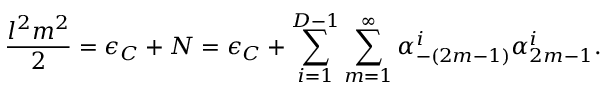
\frac { l ^ { 2 } m ^ { 2 } } { 2 } = \epsilon _ { C } + N = \epsilon _ { C } + \sum _ { i = 1 } ^ { D - 1 } \sum _ { m = 1 } ^ { \infty } \alpha _ { - ( 2 m - 1 ) } ^ { i } \alpha _ { 2 m - 1 } ^ { i } .